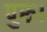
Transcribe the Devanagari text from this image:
पुरु।